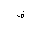
Letter: _fa